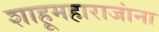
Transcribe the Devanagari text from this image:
शाहूमहाराजांना